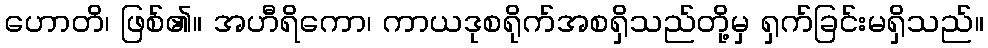
ဟောတိ၊ ဖြစ်၏။ အဟီရိကော၊ ကာယဒုစရိုက်အစရှိသည်တို့မှ ရှက်ခြင်းမရှိသည်။